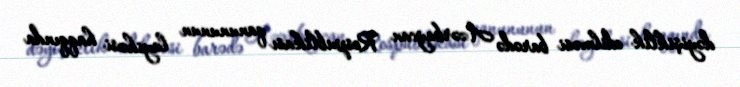
dəyişiklik edilməsi barədə Azərbaycan Respublikası qanununun layihəsi haqqında